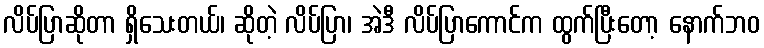
လိပ်ပြာဆိုတာ ရှိသေးတယ်၊ ဆိုတဲ့ လိပ်ပြာ၊ အဲဒီ လိပ်ပြာကောင်က ထွက်ပြီးတော့ နောက်ဘဝ